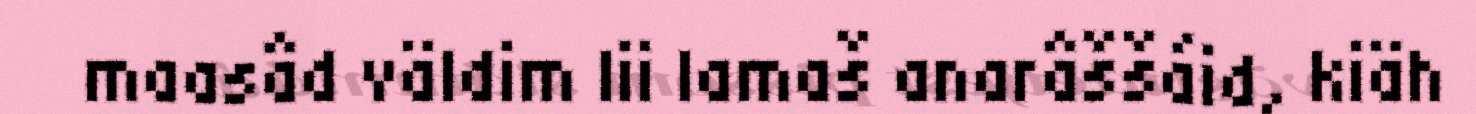
maasâd väldim lii lamaš anarâššáid, kiäh